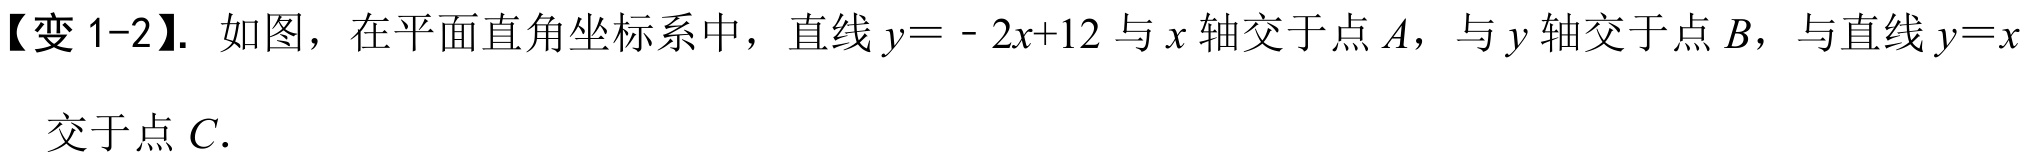
【变 1-2】. 如图，在平面直角坐标系中，直线\(y = - 2x + 12\)与\(x\)轴交于点\(A\)，与\(y\)轴交于点\(B\)，与直线\(y = x\)交于点\(C\).